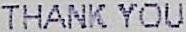
THANK YOU